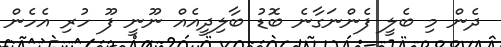
ދެން މި ބެލީ ފެންނަގާނެ ބޮޑު ބާލިދީއެއް ނޫނީ ފޫ ހުރި އެހެން